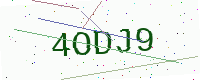
Text: 4ODJ9